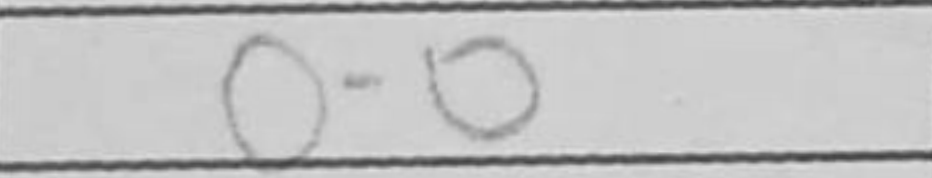
Transcription: O-O